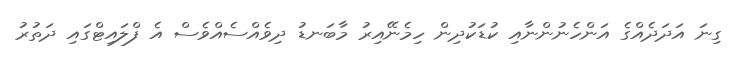
ގިނަ އަދަދެއްގެ އަންހެނުންނާއި ކުޑަކުދިން ހިމެނޭއިރު މާބަނޑު ދިވެއްސެއްވެސް އެ ފްލައިޓްގައި ދަތުރު